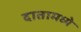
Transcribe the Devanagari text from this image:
दातामध्ये